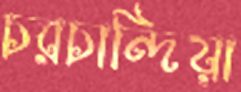
চরচান্দিয়া